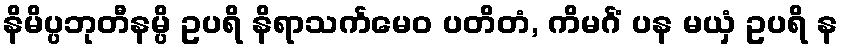
နိမိပ္ပဘုတီနမ္ပိ ဥပရိ နိရာသင်္ကမေဝ ပတိတံ, ကိမင်္ဂံ ပန မယှံ ဥပရိ န